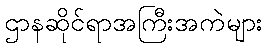
ဌာနဆိုင်ရာအကြီးအကဲများ